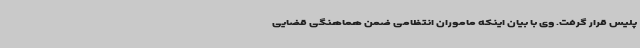
پلیس قرار گرفت. وی با بیان اینکه ماموران انتظامی ضمن هماهنگی قضایی